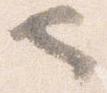
也